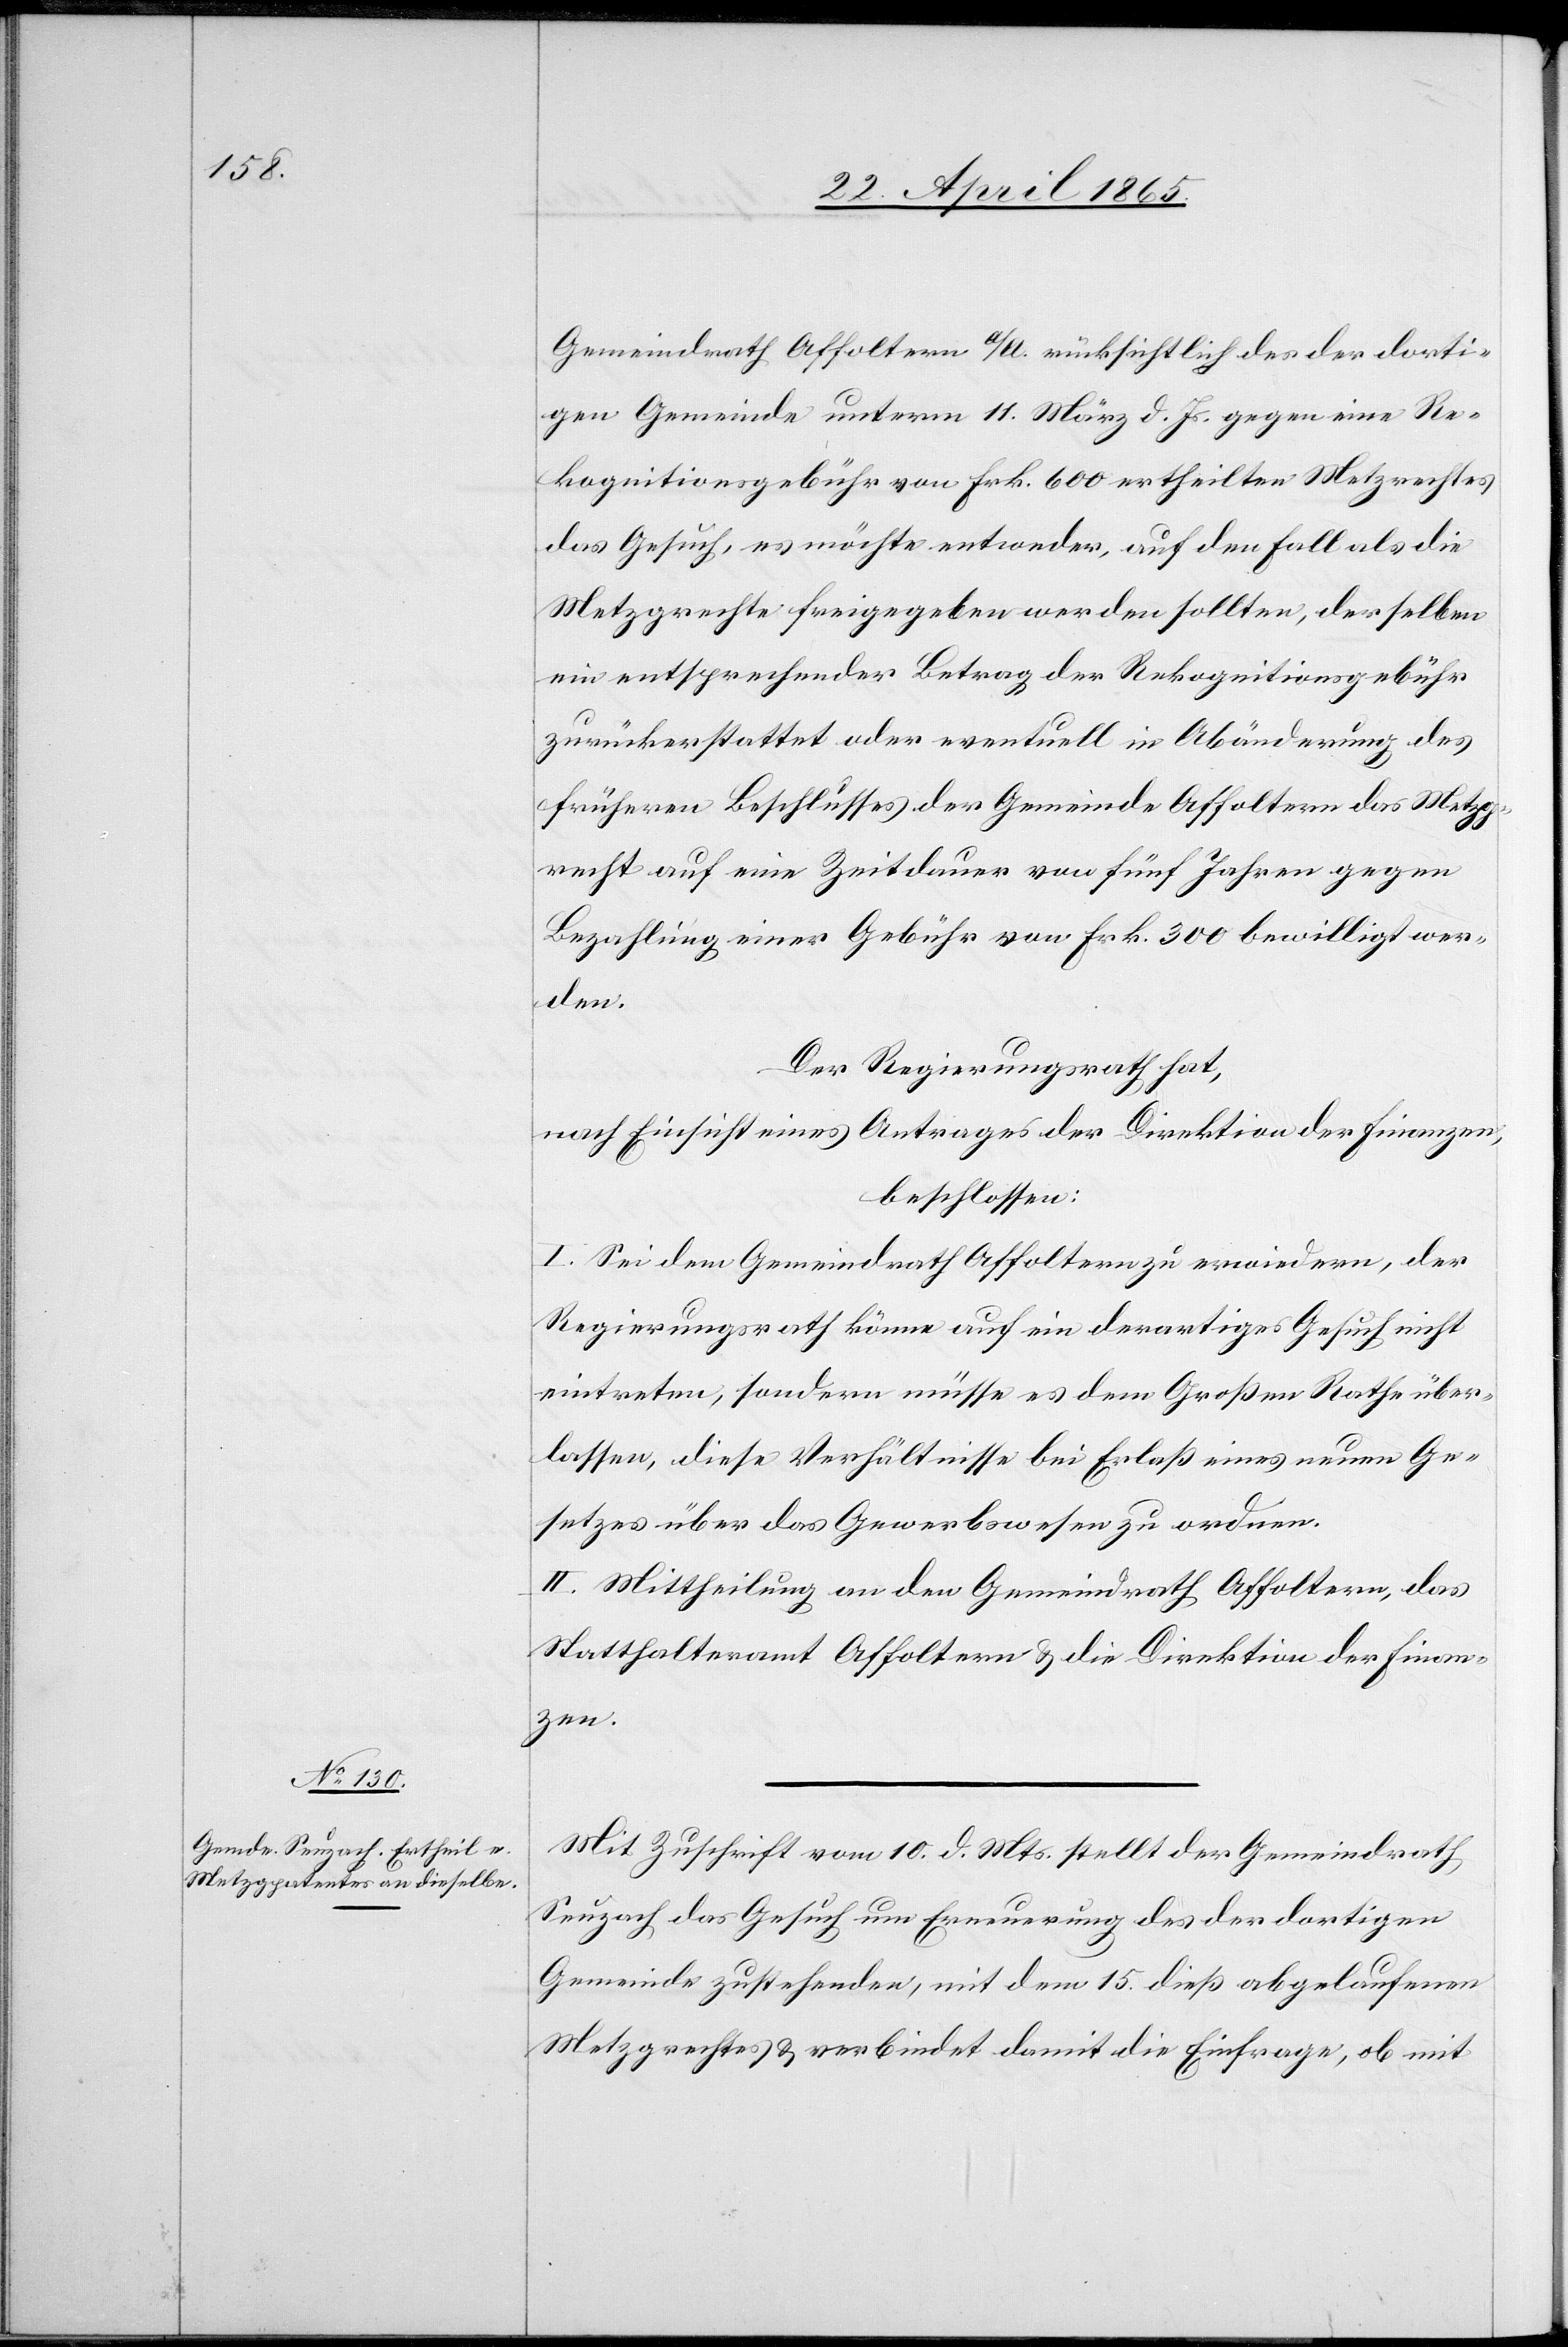
Gemeindrath Affoltern a/A. rücksichtlich des der dorti¬
gen Gemeinde unterm 11. März d. Js. gegen eine Re¬
kognitionsgebühr von Frk. 600 ertheilten Metzgrechtes
das Gesuch, es möchte entweder, auf den Fall als die
Metzgrechte freigegeben werden sollten, derselben
ein entsprechender Betrag der Rekognitionsgebühr
zurückerstattet oder eventuell in Abänderung des
früheren Beschlusses der Gemeinde Affoltern das Metzg¬
recht auf eine Zeitdauer von fünf Jahren gegen
Bezahlung einer Gebühr von Frk. 300 bewilligt wer¬
den.
Der Regierungsrath hat,
nach Einsicht eines Antrages der Direktion der Finanzen,
beschlossen:
I. Sei dem Gemeindrath Affoltern zu erwiedern, der
Regierungsrath könne auf ein derartiges Gesuch nicht
eintreten, sondern müsse es dem Großen Rathe über¬
lassen, diese Verhältnisse bei Erlaß eines neuen Ge¬
setzes über das Gewerbswesen zu ordnen.
II. Mittheilung an den Gemeindrath Affoltern, das
Statthalteramt Affoltern & die Direktion der Finan¬
zen.
Mit Zuschrift vom 10. d. Mts. stellt der Gemeindrath
Seuzach das Gesuch um Erneuerung des der dortigen
Gemeinde zustehenden, mit dem 15. dieß abgelaufenen
Metzgrechtes & verbindet damit die Einfrage, ob mit